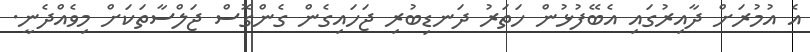
އެ އުމުރަށް ދާއިރުގައި އެބޭފުޅުން ހަތަރު ދަނޑިބުރި ޖަހައިގެން ގެންގޮސް ޖަލްސާތަކަށް މިވެއްދެނީ.